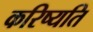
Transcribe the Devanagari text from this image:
करिष्यति